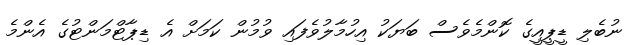
ނުބެލި ޑީޕީއީގެ ކޮންމެވެސް ބަޔަކު އިހުމާލުވެފައި ވުމުން ކަމަށް އެ ޑިޕާޓްމަންޓުގެ އެންމެ